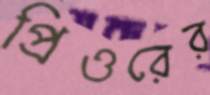
প্রিওরের